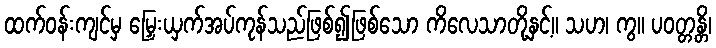
ထက်ဝန်းကျင်မှ မြှေးယှက်အပ်ကုန်သည်ဖြစ်၍ဖြစ်သော ကိလေသာတို့နှင့်။ သဟ၊ ကွ။ ပဝတ္တန္တိ၊